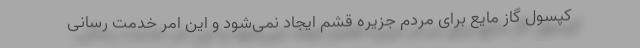
کپسول گاز مایع برای مردم جزیره قشم ایجاد نمی‌شود و این امر خدمت رسانی